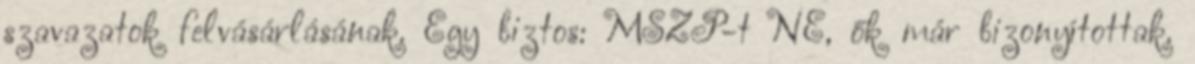
szavazatok felvásárlásának. Egy biztos: MSZP-t NE, ők már bizonyítottak.